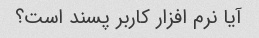
آیا نرم افزار کاربر پسند است؟